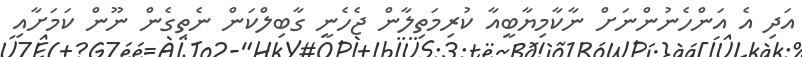
އަދި އެ އަންހެނުންނަށް ނާކާމިޔާބީއާ ކުރިމަތިލާން ޖެހެނީ ގާބިލްކަން ނެތިގެން ނޫން ކަމަށާއި